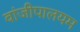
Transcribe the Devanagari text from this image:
वांजीपालयम